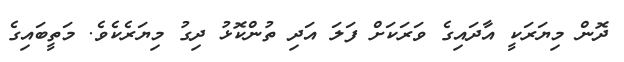
ދޮން މިޔަރަކީ އާދައިގެ ވަރަކަށް ފަލަ އަދި ތުންކޮޅު ދިގު މިޔަރެކެވެ. މަތީބައިގެ